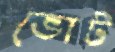
ভোট